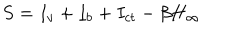
S = I _ { v } + I _ { b } + I _ { c t } - \beta H _ { \infty }